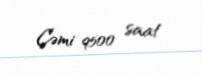
Cəmi 9500 saat